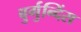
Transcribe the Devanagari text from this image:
बुर्गुन्दिंस